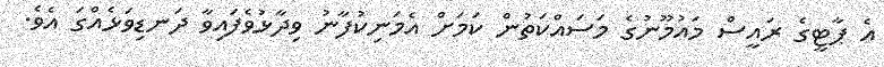
އެ ޕާޓީގެ ރައީސް މައުމޫނުގެ މަސައްކަތުން ކަމަށް އެމަނިކުފާނު ވިދާޅުވެފައިވާ ދަނޑިވަޅެއްގަ އެވެ.